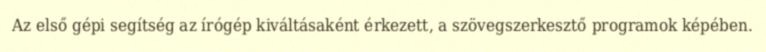
Az első gépi segítség az írógép kiváltásaként érkezett, a szövegszerkesztő programok képében.